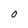
Character: O